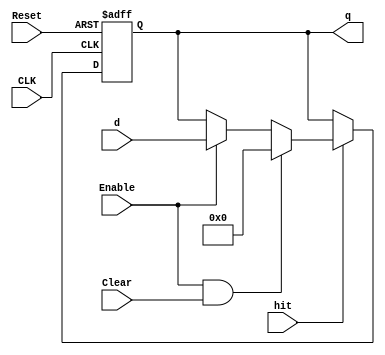
`timescale 1ns / 1ps
//////////////////////////////////////////////////////////////////////////////////
// Company: 
// Engineer: 
// 
// Design Name: 
// Module Name: flopenrc
// Project Name: 
// Target Devices: 
// Tool Versions: 
// Description: 
// 
// Dependencies: 
// 
// Revision:
// Revision 0.01 - File Created
// Additional Comments:
// 
//////////////////////////////////////////////////////////////////////////////////


module flopenrc #(parameter 	WIDTH = 8)
	(CLK, Reset, Enable, Clear, d, q, hit);
	input CLK, Reset;
	input Enable, Clear;
	input [WIDTH - 1: 0] d;
	output reg [WIDTH - 1: 0] q;
	input hit;
	//remark: here differs from given code
	// always ->always_ff
	always @(posedge CLK or posedge Reset)
		if(Reset) q <= 0;
		else if(~hit) q <= q;
		else if (Enable & Clear) q <= 0;
		else if(Enable) q <= d;

endmodule